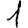
Digit: 1